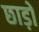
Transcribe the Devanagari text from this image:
छाड़ो